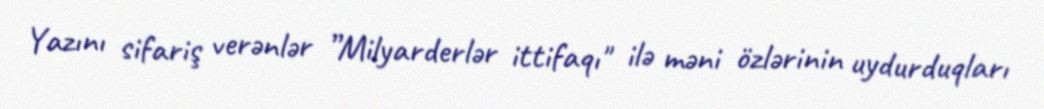
Yazını sifariş verənlər ”Milyarderlər ittifaqı" ilə məni özlərinin uydurduqları